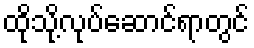
ထိုသို့လုပ်ဆောင်ရာတွင်